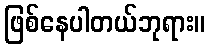
ဖြစ်နေပါတယ်ဘုရား။